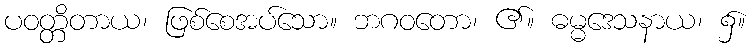
ပဝတ္တိတာယ၊ ဖြစ်စေအပ်သော။ ဘဂဝတော၊ ၏။ ဓမ္မဒေသနာယ၊ ၌။